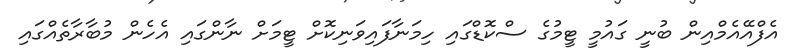
އެފްއޭއެމްއިން ބުނީ ގައުމީ ޓީމުގެ ސްކޮޑްގައި ހިމަނާފައިވަނިކޮށް ޓީމަށް ނާންގައި އެހެން މުބާރާތެއްގައި